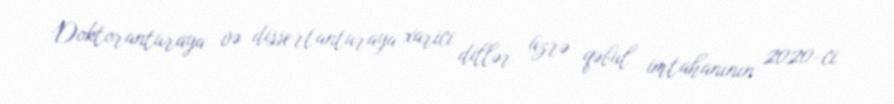
Doktoranturaya və dissertanturaya xarici dillər üzrə qəbul imtahanının 2020-ci